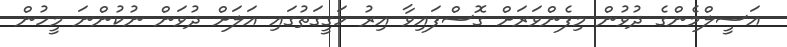
އަސީލްމެންގެ ދުވުން މިފެންވަރަށް ގޮސްފައިވާ އިރު ހަގީގަތުގައި އަލަށް ދުވަން ނުކުންނަ މީހުން